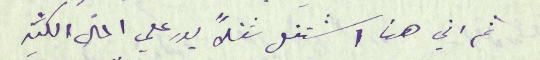
ثم اني هنا اشتغل شغلاً يدر علي المال الكثير